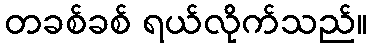
တခစ်ခစ် ရယ်လိုက်သည်။